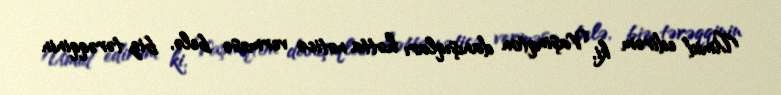
Ümid edirəm ki, Vaşinqton danışıqları hətta nəticə verməsə belə, biz tərəqqinin